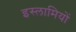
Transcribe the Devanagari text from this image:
इस्लामियों